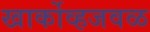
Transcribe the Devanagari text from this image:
खार्कोव्हजवळ